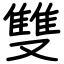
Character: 雙